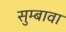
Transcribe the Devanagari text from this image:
सुम्बावा